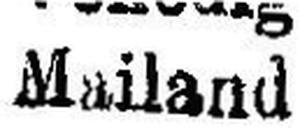
Mailand